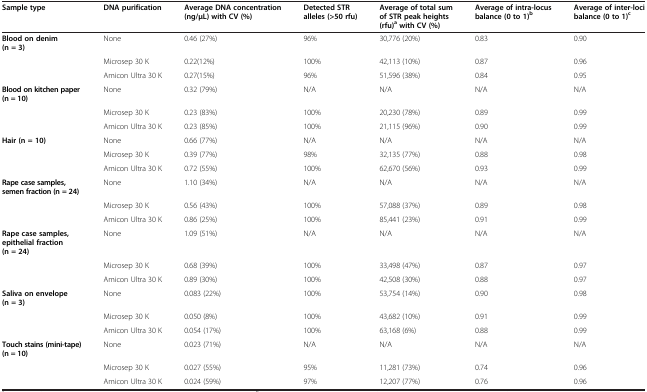
<table><thead><tr><td><b>Sample type</b></td><td><b>DNA purification</b></td><td><b>Average DNA concentration (ng/μL) with CV (%)</b></td><td><b>Detected STR alleles (&gt;50 rfu)</b></td><td><b>Average of total sum of STR peak heights (rfu)<sup>a </sup>with CV (%)</b></td><td><b>Average of intra-locus balance (0 to 1)<sup>b</sup></b></td><td><b>Average of inter-loci balance (0 to 1)<sup>c</sup></b></td></tr></thead><tbody><tr><td><b>Blood on denim (n = 3)</b></td><td>None</td><td>0.46 (27%)</td><td>96%</td><td>30,776 (20%)</td><td>0.83</td><td>0.90</td></tr><tr><td> </td><td>Microsep 30 K</td><td>0.22(12%)</td><td>100%</td><td>42,113 (10%)</td><td>0.87</td><td>0.96</td></tr><tr><td> </td><td>Amicon Ultra 30 K</td><td>0.27(15%)</td><td>96%</td><td>51,596 (38%)</td><td>0.84</td><td>0.95</td></tr><tr><td><b>Blood on kitchen paper (n = 10)</b></td><td>None</td><td>0.32 (79%)</td><td>N/A</td><td>N/A</td><td>N/A</td><td>N/A</td></tr><tr><td> </td><td>Microsep 30 K</td><td>0.23 (83%)</td><td>100%</td><td>20,230 (78%)</td><td>0.89</td><td>0.99</td></tr><tr><td> </td><td>Amicon Ultra 30 K</td><td>0.23 (85%)</td><td>100%</td><td>21,115 (96%)</td><td>0.90</td><td>0.99</td></tr><tr><td><b>Hair (n = 10)</b></td><td>None</td><td>0.66 (77%)</td><td>N/A</td><td>N/A</td><td>N/A</td><td>N/A</td></tr><tr><td> </td><td>Microsep 30 K</td><td>0.39 (77%)</td><td>98%</td><td>32,135 (77%)</td><td>0.88</td><td>0.98</td></tr><tr><td> </td><td>Amicon Ultra 30 K</td><td>0.72 (55%)</td><td>100%</td><td>62,670 (56%)</td><td>0.93</td><td>0.99</td></tr><tr><td><b>Rape case samples, semen fraction (n = 24)</b></td><td>None</td><td>1.10 (34%)</td><td>N/A</td><td>N/A</td><td>N/A</td><td>N/A</td></tr><tr><td> </td><td>Microsep 30 K</td><td>0.56 (43%)</td><td>100%</td><td>57,088 (37%)</td><td>0.89</td><td>0.98</td></tr><tr><td> </td><td>Amicon Ultra 30 K</td><td>0.86 (25%)</td><td>100%</td><td>85,441 (23%)</td><td>0.91</td><td>0.99</td></tr><tr><td><b>Rape case samples, epithelial fraction (n = 24)</b></td><td>None</td><td>1.09 (51%)</td><td>N/A</td><td>N/A</td><td>N/A</td><td>N/A</td></tr><tr><td> </td><td>Microsep 30 K</td><td>0.68 (39%)</td><td>100%</td><td>33,498 (47%)</td><td>0.87</td><td>0.97</td></tr><tr><td> </td><td>Amicon Ultra 30 K</td><td>0.89 (30%)</td><td>100%</td><td>42,508 (30%)</td><td>0.88</td><td>0.97</td></tr><tr><td><b>Saliva on envelope (n = 3)</b></td><td>None</td><td>0.083 (22%)</td><td>100%</td><td>53,754 (14%)</td><td>0.90</td><td>0.98</td></tr><tr><td> </td><td>Microsep 30 K</td><td>0.050 (8%)</td><td>100%</td><td>43,682 (10%)</td><td>0.91</td><td>0.99</td></tr><tr><td> </td><td>Amicon Ultra 30 K</td><td>0.054 (17%)</td><td>100%</td><td>63,168 (6%)</td><td>0.88</td><td>0.99</td></tr><tr><td><b>Touch stains (mini-tape) (n = 10)</b></td><td>None</td><td>0.023 (71%)</td><td>N/A</td><td>N/A</td><td>N/A</td><td>N/A</td></tr><tr><td> </td><td>Microsep 30 K</td><td>0.027 (55%)</td><td>95%</td><td>11,281 (73%)</td><td>0.74</td><td>0.96</td></tr><tr><td> </td><td>Amicon Ultra 30 K</td><td>0.024 (59%)</td><td>97%</td><td>12,207 (77%)</td><td>0.76</td><td>0.96</td></tr></tbody></table>